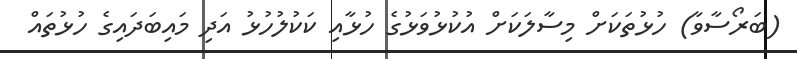
(ބަރޯސާވާ) ހުޅުތަކަށް މިސާލަކަށް އުކުޅުވަޅުގެ ހުޅާއި ކަކުލުހުޅު އަދި މައިބަދައިގެ ހުޅުތައް